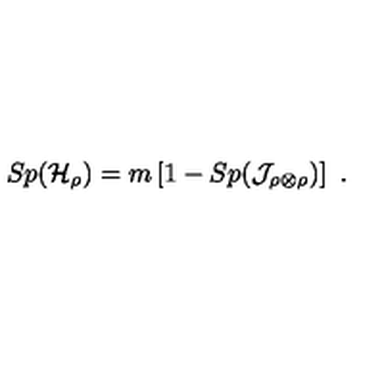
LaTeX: S p ( { \cal H } _ { \rho } ) = m \left[ 1 - S p ( { \cal J } _ { \rho \otimes \rho } ) \right] \ .